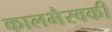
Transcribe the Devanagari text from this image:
कालभैरवकी